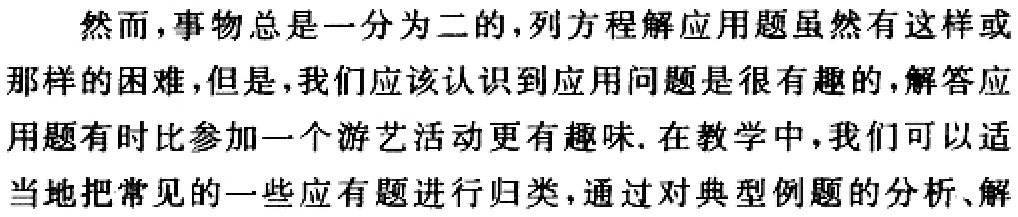
然而，事物总是一分为二的，列方程解应用题虽然有这样或
那样的困难，但是，我们应该认识到应用问题是很有趣的，解答应
用题有时比参加一个游艺活动更有趣味. 在教学中，我们可以适
当地把常见的一些应有题进行归类，通过对典型例题的分析、解